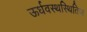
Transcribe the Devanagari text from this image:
ऊर्धवस्थस्थितिज